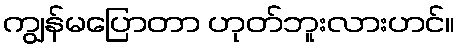
ကျွန်မပြောတာ ဟုတ်ဘူးလားဟင်။